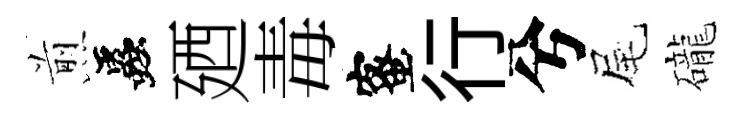
煎蟲廼毒蜜行兮尾礲